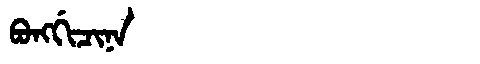
Manchu: ᠪᠣᠩᡤᡳᠴᡳᠨᠠ
Romanization: BONGGICINA